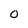
Character: O